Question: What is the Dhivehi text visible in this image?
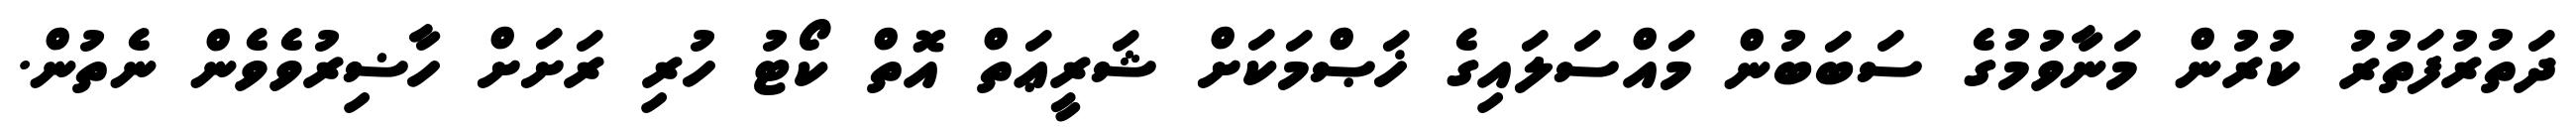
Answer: ދަތުރުފަތުރު ކުރުން މަނާވުމުގެ ސަބަބުން މައްސަލައިގެ ޚަޞްމަކަށް ޝަރީޢަތް އޮތް ކޯޓު ހުރި ރަށަށް ހާޟިރުވެވެން ނެތުން.